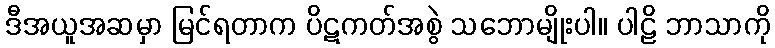
ဒီအယူအဆမှာ မြင်ရတာက ပိဋကတ်အစွဲ သဘောမျိုးပါ။ ပါဠိ ဘာသာကို